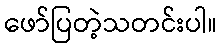
ဖော်ပြတဲ့သတင်းပါ။